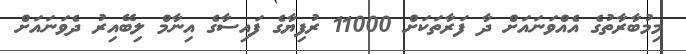
މިމުބާރާތުގެ އެއްވަނައަށް ދާ ފަރާތަކަށް 11000 ރުފިޔާގެ ފައިސާގެ އިނާމް ލިބޭއިރު ދެވަނައަށް